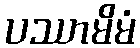
ပဿာမိမံ